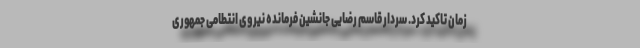
زمان تاکید کرد. سردار قاسم رضایی جانشین فرمانده نیروی انتطامی جمهوری